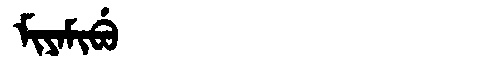
Manchu: ᠮᡳᠶᠠᠮᡳᠪᡠ
Romanization: MIYAMIBU